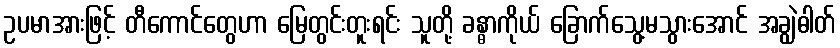
ဥပမာအားဖြင့် တီကောင်တွေဟာ မြေတွင်းတူးရင်း သူတို့ ခန္ဓာကိုယ် ခြောက်သွေ့မသွားအောင် အချွဲဓါတ်